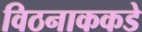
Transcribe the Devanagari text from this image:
विठनाककडे